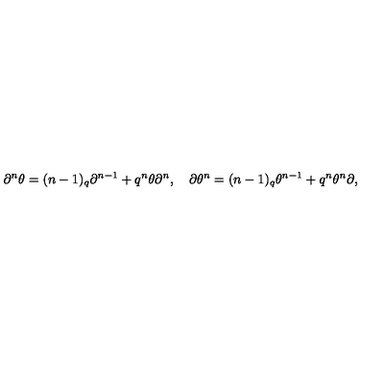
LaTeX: \partial ^ { n } \theta = ( n - 1 ) _ { q } \partial ^ { n - 1 } + q ^ { n } \theta \partial ^ { n } , \quad \partial \theta ^ { n } = ( n - 1 ) _ { q } \theta ^ { n - 1 } + q ^ { n } \theta ^ { n } \partial ,